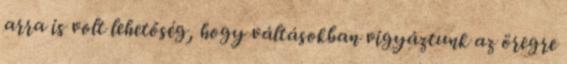
arra is volt lehetőség, hogy váltásokban vigyáztunk az öregre